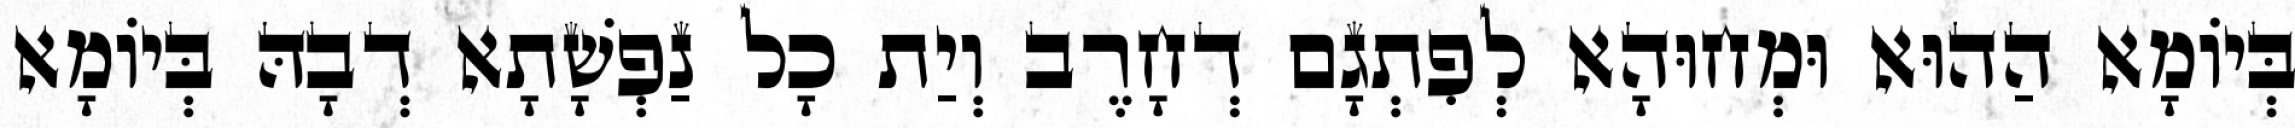
בְּיוֹמָא הַהוּא וּמְחוּהָא לְפִתְגָם דְחָרֶב וְיַת כָל נַפְשָׁתָא דְבָהּ בְּיוֹמָא